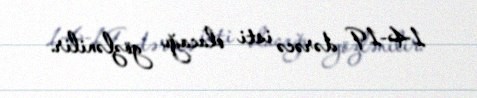
14-19 dərəcə isti olacağı gözlənilir.